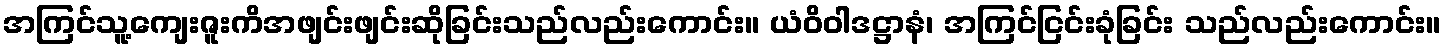
အကြင်သူ့ကျေးဇူးကိအဖျင်းဖျင်းဆိုခြင်းသည်လည်းကောင်း။ ယံဝိဝါဒဋ္ဌာနံ၊ အကြင်ငြင်းခုံခြင်း သည်လည်းကောင်း။